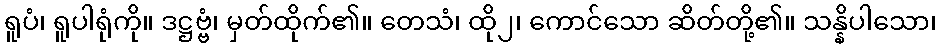
ရူပံ၊ ရူပါရုံကို။ ဒဋ္ဌဗ္ဗံ၊ မှတ်ထိုက်၏။ တေသံ၊ ထို၂၊ ကောင်သော ဆိတ်တို့၏။ သန္နိပါသော၊